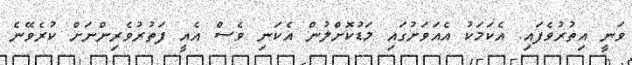
ވަނީ އިތުރުވެފައި. އެކަމަކު އެއަވަށުގައި މަޑުކޮށްލުން އެކަނި ވެސް އެއީ ފަތުރުވެރިންނަށް ކުރެވޭނެ